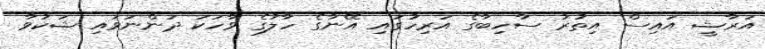
އަރާޝީ އައިސް އިތުރު ސާހިބާގެ އަރިހުގައި އޭނާގެ ހާލުގެ ވާހަކަ ދަންނަވައި ޝަކުވާ